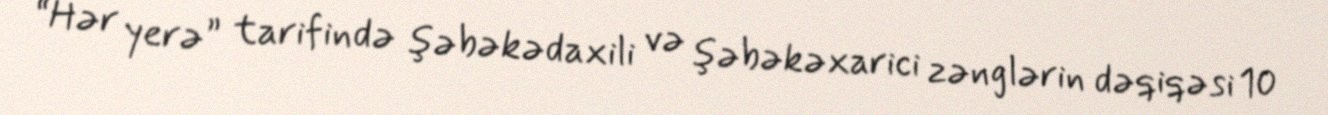
“Hər yerə” tarifində şəbəkədaxili və şəbəkəxarici zənglərin dəqiqəsi 10